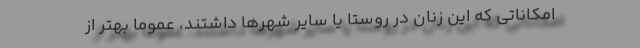
امكاناتي كه اين زنان در روستا يا ساير شهرها داشتند، عموما بهتر از